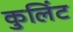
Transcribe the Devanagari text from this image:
कुलिंट